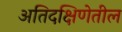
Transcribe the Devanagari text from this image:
अतिदक्षिणेतील